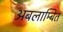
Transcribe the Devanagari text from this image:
अबलाम्बित